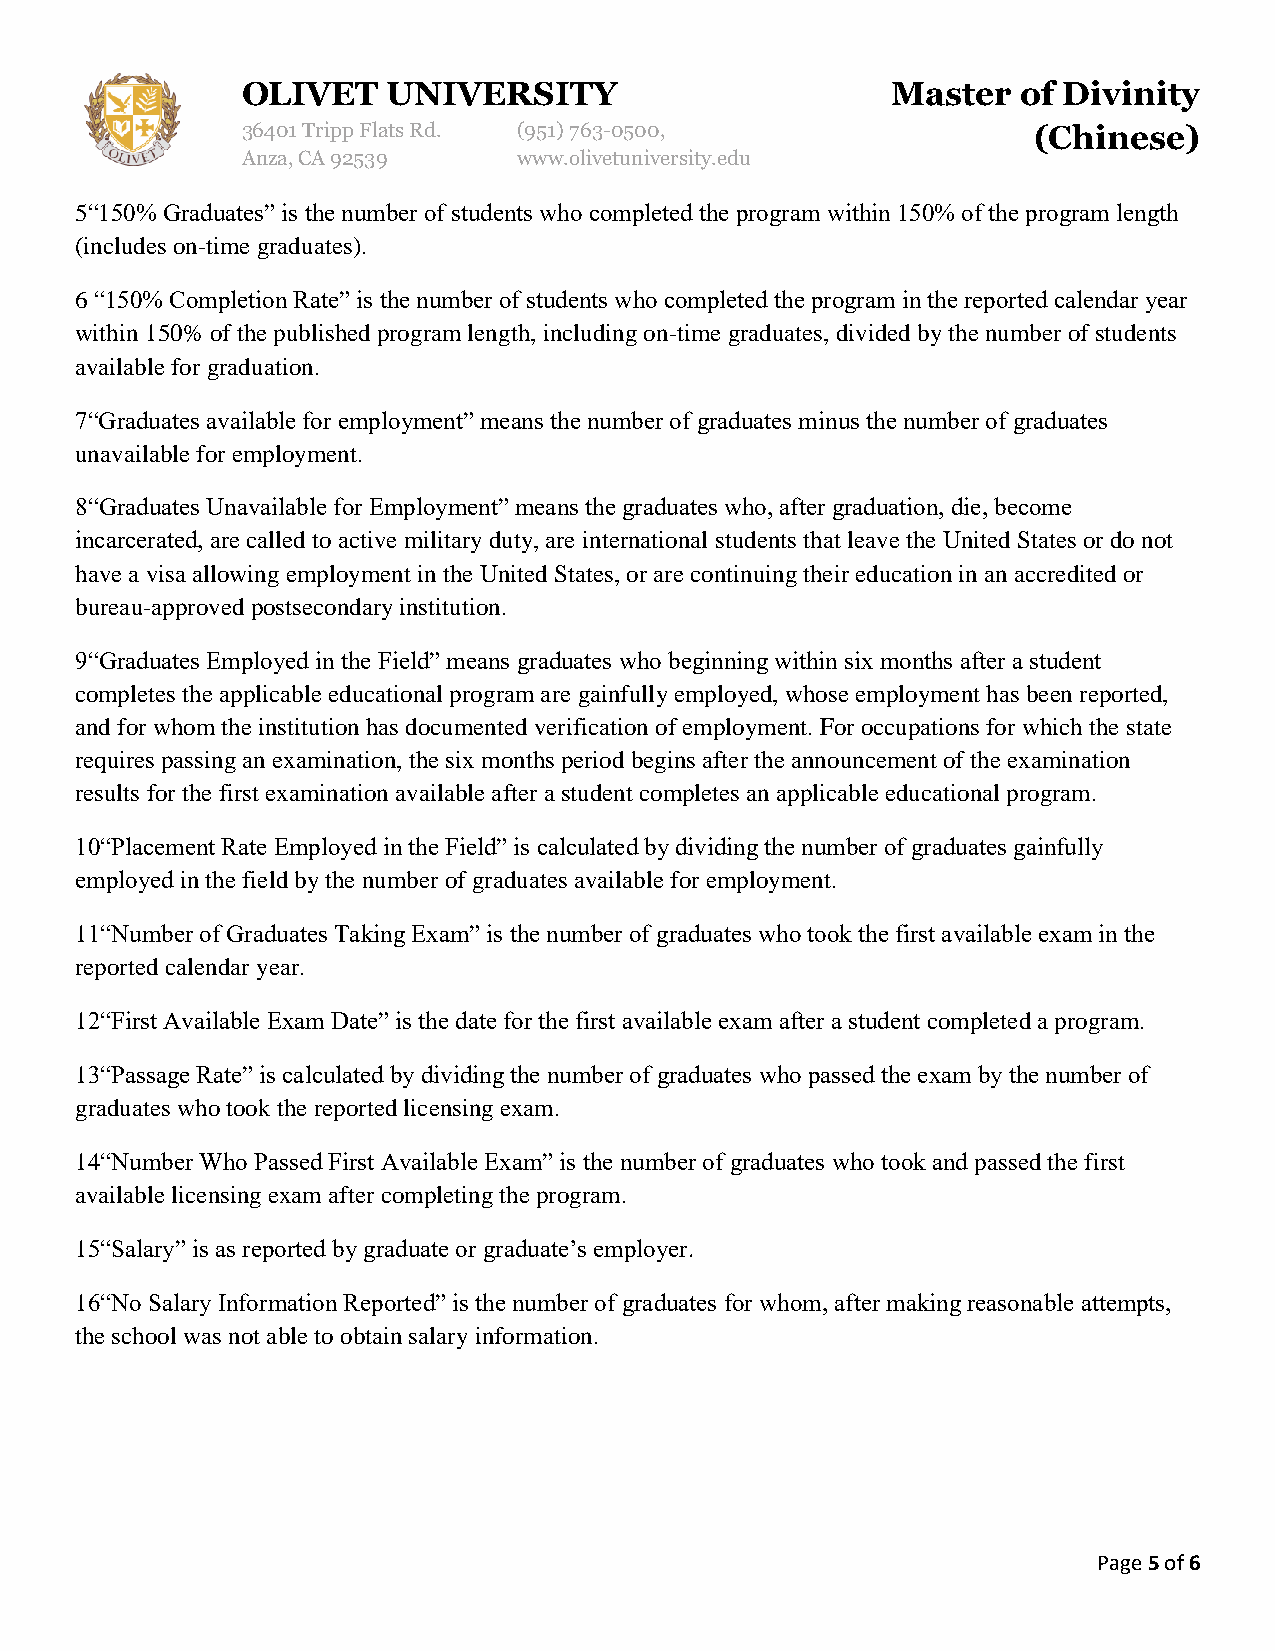
OLIVET    UNIVERSITY                       Master   of Divinity
 36401 Tripp Flats Rd. (951)763-0500,                (Chinese)
 Anza, CA 92539    www.olivetuniversity.edu
 5“150% Graduates” is the number of students who completed the program within 150% of the program length
 (includes on-time graduates).
 6 “150% Completion Rate” is the number of students who completed the program in the reported calendar year
 within 150% of the published program length, including on-time graduates, divided by the number of students
 available for graduation.
 7“Graduates available for employment” means the number of graduates minus the number of graduates
 unavailable for employment.
 8“Graduates Unavailable for Employment” means the graduates who, after graduation, die, become
 incarcerated, are called to active military duty, are international students that leave the United States or do not
 have a visa allowing employment in the United States, or are continuing their education in an accredited or
 bureau-approved postsecondary institution.
 9“Graduates Employed in the Field” means graduates who beginning within six months after a student
 completes the applicable educational program are gainfully employed, whose employment has been reported,
 and for whom the institution has documented verification of employment. For occupations for which the state
 requires passing an examination, the six months period begins after the announcement of the examination
 results for the first examination available after a student completes an applicable educational program.
 10“Placement Rate Employed in the Field” is calculated by dividing the number of graduates gainfully
 employed in the field by the number of graduates available for employment.
 11“Number of Graduates Taking Exam” is the number of graduates who took the first available exam in the
 reported calendar year.
 12“First Available Exam Date” is the date for the first available exam after a student completed a program.
 13“Passage Rate” is calculated by dividing the number of graduates who passed the exam by the number of
 graduates who took the reported licensing exam.
 14“Number Who Passed First Available Exam” is the number of graduates who took and passed the first
 available licensing exam after completing the program.
 15“Salary” is as reported by graduate or graduate’s employer.
 16“No Salary Information Reported” is the number of graduates for whom, after making reasonable attempts,
 the school was not able to obtain salary information.
 Page 5 of 6